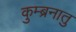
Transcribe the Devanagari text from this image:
कुम्ब्रनातु